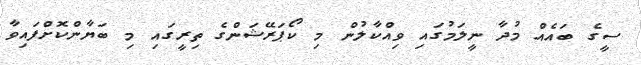
ސީގެ ބައެއް މުދާ ނީލަމުގައި ވިއްކާލުން މި ކޯޕަރޭޝަންގެ ތިރީގައި މި ބަޔާންކޮށްފައިވާ